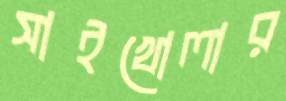
সাইখোলার